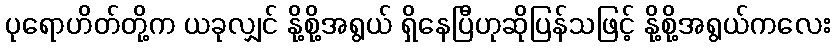
ပုရောဟိတ်တို့က ယခုလျှင် နို့စို့အရွယ် ရှိနေပြီဟုဆိုပြန်သဖြင့် နို့စို့အရွယ်ကလေး